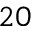
2 0